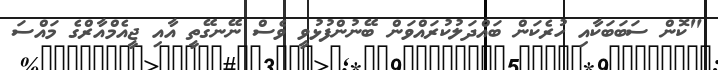
"ކޮން ސަބަބަކާއި ހުރެކަން ބައްދަލުކުރައްވަން ބޭނުންފުޅުވީ ވެސް ނޭނގޭތީ އާއި ޖީއެމްއާރްގެ މައްސަ